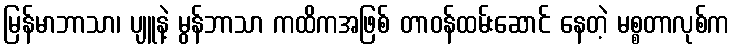
မြန်မာဘာသာ၊ ပျူနဲ့ မွန်ဘာသာ ကထိကအဖြစ် တာဝန်ထမ်းဆောင် နေတဲ့ မစ္စတာလုစ်က